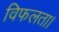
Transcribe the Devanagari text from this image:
विफलता।